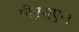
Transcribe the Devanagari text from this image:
पीएस्एल